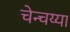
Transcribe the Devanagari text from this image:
चेन्चय्या